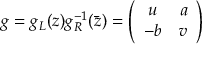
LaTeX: g = g _ { L } ( z ) g _ { R } ^ { - 1 } ( \bar { z } ) = \left( \begin{array} { c c } { { u } } & { { a } } \\ { { - b } } & { { v } } \end{array} \right)